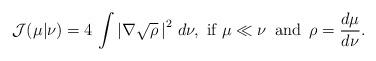
LaTeX: \begin{align*}\mathcal{J}(\mu\vert\nu)= 4\, \int \left|\nabla \sqrt{\rho}\,\right|^2\,d\nu,\mbox{ if } \mu\ll \nu\, \mbox{ and }\, \rho=\frac{d\mu}{d\nu}.\end{align*}